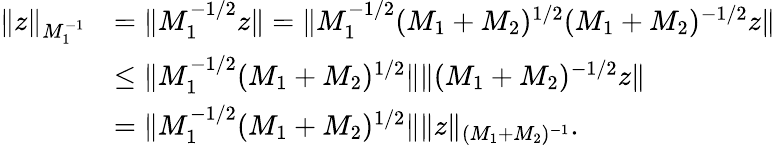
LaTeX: \begin{array}{rl}{\Vert z\Vert_{M_{1}^{-1}}}&{=\Vert M_{1}^{-1/2}z\Vert=\Vert M_{1}^{-1/2}(M_{1}+M_{2})^{1/2}(M_{1}+M_{2})^{-1/2}z\Vert}\\ &{\leq\Vert M_{1}^{-1/2}(M_{1}+M_{2})^{1/2}\Vert\Vert(M_{1}+M_{2})^{-1/2}z\Vert}\\ &{=\Vert M_{1}^{-1/2}(M_{1}+M_{2})^{1/2}\Vert\Vert z\Vert_{(M_{1}+M_{2})^{-1}}.}\end{array}